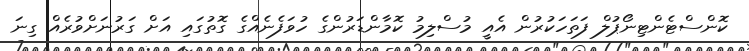
ކޮންސްޓެންޓިނޯޕުލް ފަތަހަކުރުން އެއީ މުސްލިމު ކޮމާންޑަރުންގެ ހުވަފެނެއްގެ ގޮތުގައި އަށް ގަރުނަށްވުރެއް ގިނަ